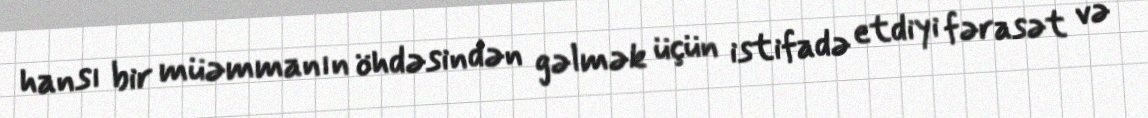
hansı bir müəmmanın öhdəsindən gəlmək üçün istifadə etdiyi fərasət və